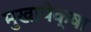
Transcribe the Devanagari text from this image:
मुखापेक्षा